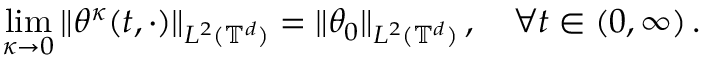
\operatorname* { l i m } _ { \kappa \to 0 } \| \theta ^ { \kappa } ( t , \cdot ) \| _ { L ^ { 2 } ( \ensuremath { \mathbb { T } } ^ { d } ) } = \| \theta _ { 0 } \| _ { L ^ { 2 } ( \ensuremath { \mathbb { T } } ^ { d } ) } \, , \quad \forall t \in ( 0 , \infty ) \, .